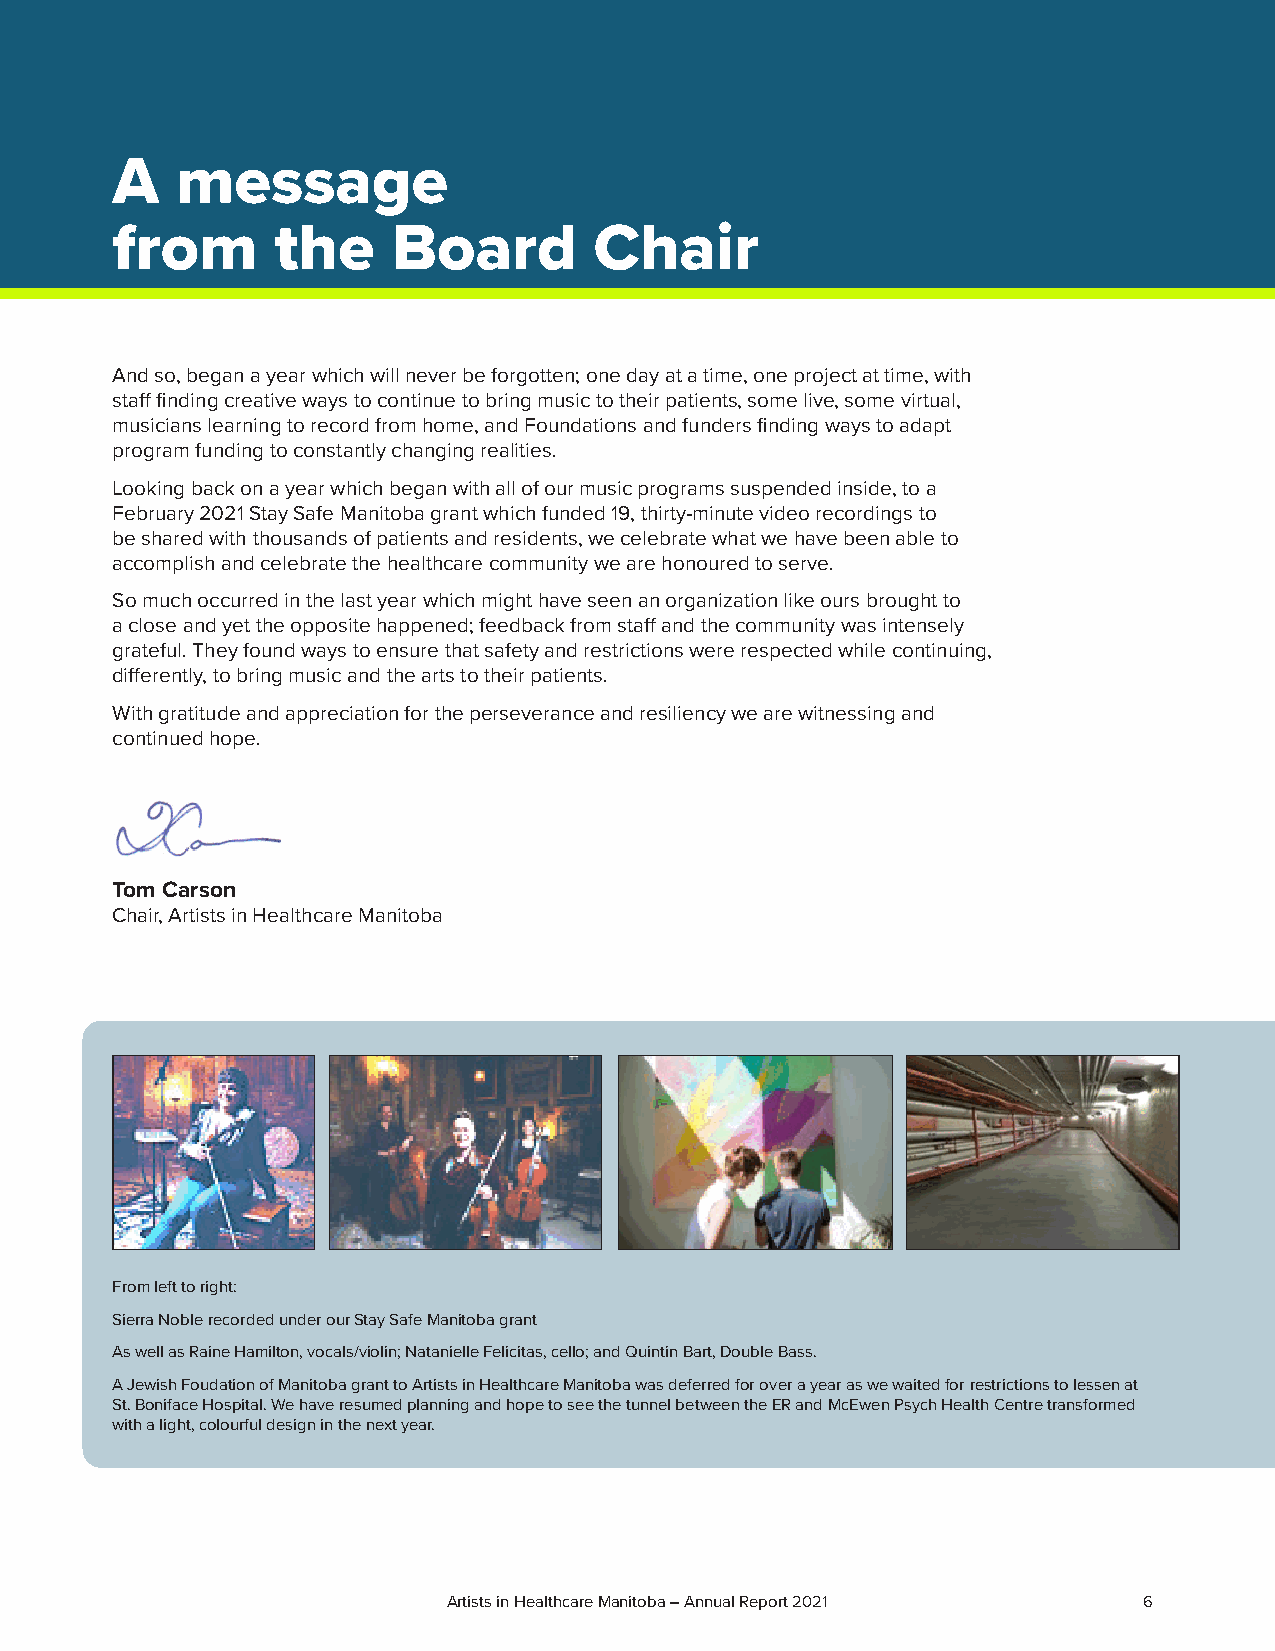
A    message
 from       the     Board        Chair
 And so, began a year which will never be forgotten; one day at a time, one project at time, with
 staff finding creative ways to continue to bring music to their patients, some live, some virtual,
 musicians learning to record from home, and Foundations and funders finding ways to adapt
 program funding to constantly changing realities.
 Looking back on a year which began with all of our music programs suspended inside, to a
 February 2021 Stay Safe Manitoba grant which funded 19, thirty-minute video recordings to
 be shared with thousands of patients and residents, we celebrate what we have been able to
 accomplish and celebrate the healthcare community we are honoured to serve.
 So much occurred in the last year which might have seen an organization like ours brought to
 a close and yet the opposite happened; feedback from staff and the community was intensely
 grateful. They found ways to ensure that safety and restrictions were respected while continuing,
 differently, to bring music and the arts to their patients.
 With gratitude and appreciation for the perseverance and resiliency we are witnessing and
 continued hope.
 Tom Carson
 Chair, Artists in Healthcare Manitoba
 From left to right:
 Sierra Noble recorded under our Stay Safe Manitoba grant
 As well as Raine Hamilton, vocals/violin; Natanielle Felicitas, cello; and Quintin Bart, Double Bass.
 A Jewish Foudation of Manitoba grant to Artists in Healthcare Manitoba was deferred for over a year as we waited for restrictions to lessen at
 St. Boniface Hospital. We have resumed planning and hope to see the tunnel between the ER and McEwen Psych Health Centre transformed
 with a light, colourful design in the next year.
 Artists in Healthcare Manitoba – Annual Report 2021 6